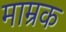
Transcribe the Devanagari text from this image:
माम्रक